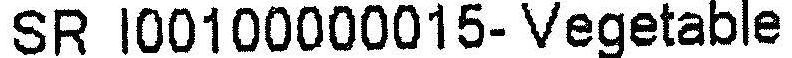
SR I00100000015- VEGETABLE